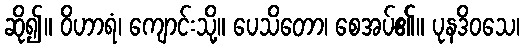
ဆို၍။ ဝိဟာရံ၊ ကျောင်းသို့။ ပေသိတော၊ စေအပ်၏။ ပုနဒိဝသေ၊